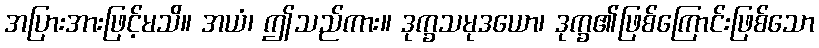
အပြားအားဖြင့်မသိ။ အယံ၊ ဤသည်ကား။ ဒုက္ခသမုဒယော၊ ဒုက္ခ၏ဖြစ်ကြောင်းဖြစ်သော